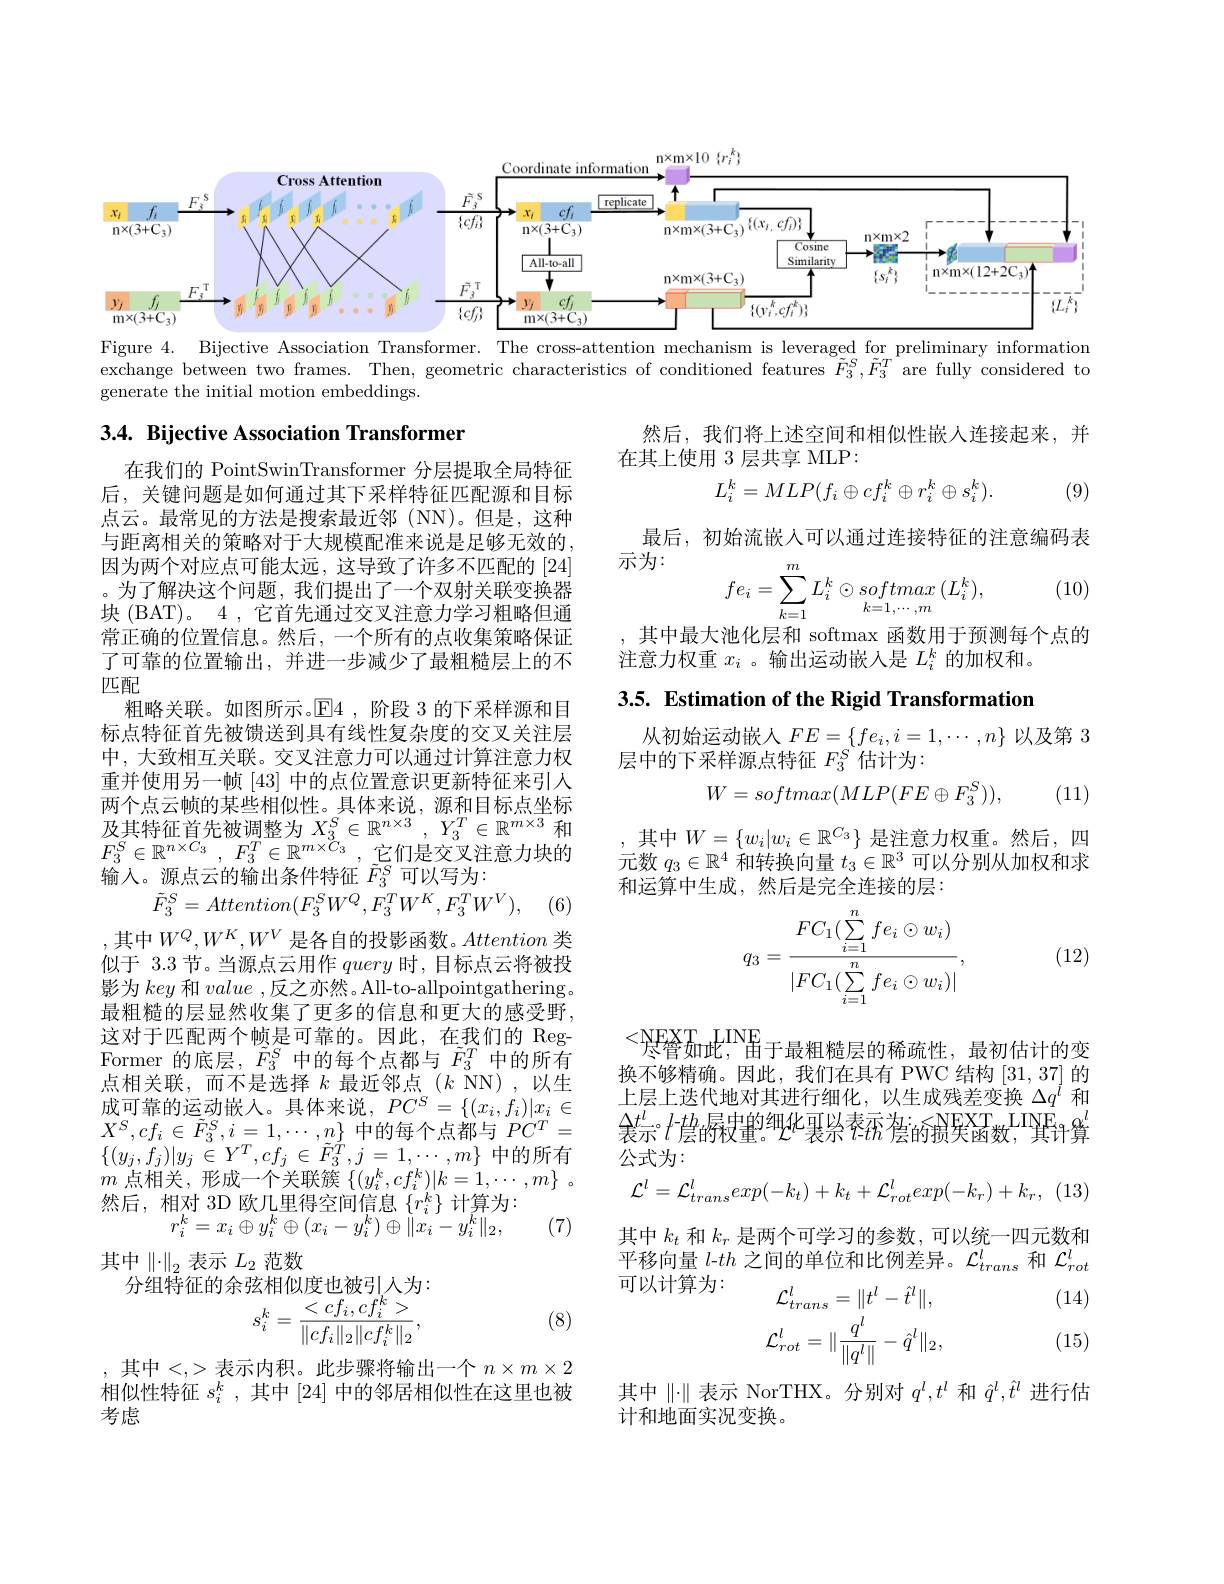
<FigureHere>
Figure 4. Bijective Association Transformer. The cross-attention mechanism is leveraged for preliminary information

exchange between two frames. Then, geometric characteristics of conditioned features $\tilde{F}_3^{\mathrm{S}},\tilde{F}_3^{\mathrm{T}}$ are fully considered to
generate the initial motion embeddings.

### $3. 4. \textbf{ Bijective Association Transformer}$

然后，我们将上述空间和相似性嵌人连接起来，并
在其上使用 3 层共享 MLP:
$$L_i^k=MLP(f_i\oplus cf_i^k\oplus r_i^k\oplus s_i^k).$$
(9)

最后，初始流嵌人可以通过连接特征的注意编码表
示为：
$$fe_i=\sum_{k=1}^mL_i^k\odot softmax\:(L_i^k),$$
1, (10)

其中最大池化层和 softmax 函数用于预测每个点的
注意力权重$x_i$ 。输出运动嵌入是$L_i^k$的加权和。

3.5. Estimation of the Rigid Transformation

从初始运动嵌人$FE=\{fe_i,i=1,\cdots,n\}$以及第 3
层中的下采样源点特征$F_{3}^{S}$估计为：
$$W=softmax(MLP(FE\oplus F_3^S)),$$
(11)

,其中$W=\{w_i|w_i\in\mathbb{R}^{C_3}\}$是注意力权重。然后，四元数$q_3\in\mathbb{R}^4$和转换向量$t_3\in\mathbb{R}^3$可以分别从加权和求和运算中生成，然后是完全连接的层：

在我们的 PointSwinTransformer 分层提取全局特征后，关键问题是如何通过其下采样特征匹配源和目标点云。最常见的方法是搜索最近邻 (NN)。但是，这种与距离相关的策略对于大规模配准来说是足够无效的， 因为两个对应点可能太远，这导致了许多不匹配的[24] 。为了解决这个问题，我们提出了一个双射关联变换器块 (BAT)。4 , 它首先通过交叉注意力学习粗略但通常正确的位置信息。然后，一个所有的点收集策略保证了可靠的位置输出，并进一步减少了最粗糙层上的不匹配
粗略关联。如图所示。$\mathbb{E}$4,阶段 3 的下采样源和目标点特征首先被馈送到具有线性复杂度的交叉关注层中，大致相互关联。交叉注意力可以通过计算注意力权重并使用另一帧[43] 中的点位置意识更新特征来引人两个点云帧的某些相似性。具体来说，源和目标点坐标及其特征首先被调整为$X_3^S\in\mathbb{R}^{n\times3},Y_3^T\in\mathbb{R}^{m\times3}$ 和$F_3^S\in \mathbb{R} ^{n\times C_3}$ , $F_3^T\in \mathbb{R} ^{m\times \tilde{C} _3}$ , $\dot{\text{它 们 是 交 叉 注 意 力 块 的 }}$ 输入。源点云的输出条件特征$\tilde{F}_3^S$可以写为：
$$\tilde{F}_{3}^{S}=Attention(F_{3}^{S}W^{Q},\tilde{F}_{3}^{T}W^{K},F_{3}^{T}W^{V}),$$
(6)
,其中$W^Q,W^K,W^V$是各自的投影函数。Attention类似于 3.3 节。当源点云用作query时，目标点云将被投影为key和value ,反之亦然。All-to-allpointgathering。最粗糙的层显然收集了更多的信息和更大的感受野这对于匹配两个帧是可靠的。因此，在我们的 RegFormer 的底层，$\tilde{F}_3^S$中的每个点都与$\tilde{F}_3^T$中的所有点相关联，而不是选择$k$最近邻点$(k$ NN),以生成可靠的运动嵌入。具体来说$,PC^S=\{(x_i,f_i)|x_i\in$ $X^{S},cf_{i}\in\tilde{F}_{3}^{S},i=1,\cdots,n_{\tilde{m}}$中的每个点都与$PC^T=$ $\{(y_{j},f_{j})|y_{j}\in Y^{T},cf_{j}\in\tilde{F}_{3}^{T},j=1,\cdots,m\}$中的所有$m$点相关，形成一个关联簇$\{ ( y_i^k, cf_i^k) | k= 1, \cdots , m\}$ . 然后，相对 3D 欧几里得空间信息$\{r_i^k\}$计算为：
$$r_{i}^{k}=x_{i}\oplus y_{i}^{k}\oplus(x_{i}-y_{i}^{k})\oplus\|x_{i}-y_{i}^{k}\|_{2},$$
(7)
其中$\left\|\cdot\right\|_2$表示$L_2$范数
分组特征的余弦相似度也被引人为：
$$s_i^k=\frac{<cf_i,cf_i^k>}{\|cf_i\|_2\|cf_i^k\|_2},$$
$$q_3=\frac{FC_1(\sum_{i=1}^nfe_i\odot w_i)}{|FC_1(\sum_{i=1}^nfe_i\odot w_i)|},$$
(12)

$^{<}$尽管如此$^\mathrm{INE}_{\text{由于最粗糙层的稀疏性，最初估计的变}}$ 换不够精确。因此，我们在具有 PWC 结构[31,37]的上层上迭代地对其进行细化，以生成残差变换$\Delta q^l$和$\frac{\Delta t^l}{\text{表示}}t^{-th}$层的权量。$t^l$裏紧索$t^\mathrm{ax}$詹的损失函数，$^\mathrm{LINF}$算公式为：
$$\mathcal{L}^l=\mathcal{L}_{trans}^lexp(-k_t)+k_t+\mathcal{L}_{rot}^lexp(-k_r)+k_r,$$
其中$k_t$和$k_r$是两个可学习的参数，可以统一四元数和个 平 移 向 量 $l- th$ 之 间 的 单 位 和 比 例 差 异 。$\mathcal{L} _{trans}^l$ 和 $\mathcal{L} _{rot}^l$ 可以计算为：
$$\begin{aligned}\mathcal{L}_{trans}^{l}&=\|t^l-\hat{t}^l\|,\\\mathcal{L}_{rot}^{l}&=\|\frac{q^l}{\|q^l\|}-\hat{q}^l\|_2,\end{aligned}$$
(14)

(15)

(8)

, 其中<,>表示内积。此步骤将输出一个 $n\times m\times2$ 相似性特征$s_i^k$,其中 [24] 中的邻居相似性在这里也被考虑

其中$\|\cdot\|$表示 NorTHX。分别对$q^l,t^l$和$\hat{q}^l,\hat{t}^l$进行估
计和地面实况变换。